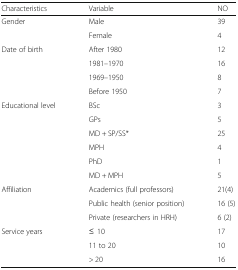
<table><thead><tr><td><b>Characteristics</b></td><td><b>Variable</b></td><td><b>NO</b></td></tr></thead><tbody><tr><td rowspan="2">Gender</td><td>Male</td><td>39</td></tr><tr><td>Female</td><td>4</td></tr><tr><td rowspan="4">Date of birth</td><td>After 1980</td><td>12</td></tr><tr><td>1981–1970</td><td>16</td></tr><tr><td>1969–1950</td><td>8</td></tr><tr><td>Before 1950</td><td>7</td></tr><tr><td rowspan="6">Educational level</td><td>BSc</td><td>3</td></tr><tr><td>GPs</td><td>5</td></tr><tr><td>MD + SP/SS*</td><td>25</td></tr><tr><td>MPH</td><td>4</td></tr><tr><td>PhD</td><td>1</td></tr><tr><td>MD + MPH</td><td>5</td></tr><tr><td rowspan="3">Affiliation</td><td>Academics (full professors)</td><td>21(4)</td></tr><tr><td>Public health (senior position)</td><td>16 (5)</td></tr><tr><td>Private (researchers in HRH)</td><td>6 (2)</td></tr><tr><td rowspan="3">Service years</td><td>≤10</td><td>17</td></tr><tr><td>11 to 20</td><td>10</td></tr><tr><td>&gt; 20</td><td>16</td></tr></tbody></table>